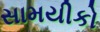
સામયીકો